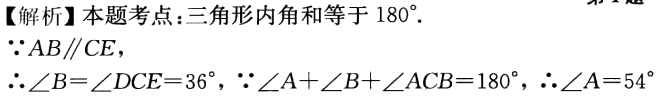
【解析】本题考点：三角形内角和等于 \(180^{\circ}\).
\(\because AB\parallel CE\)，
\(\therefore \angle B = \angle DCE = 36^{\circ}\)，\(\because \angle A+\angle B+\angle ACB = 180^{\circ}\)，\(\therefore \angle A = 54^{\circ}\)